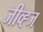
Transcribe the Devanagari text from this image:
जीव्ह्ज